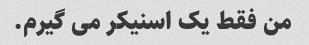
من فقط یک اسنیکر می گیرم.